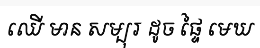
ឈើ មាន សម្បុរ ដូច ផ្ទៃ មេឃ